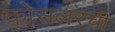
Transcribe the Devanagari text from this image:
कोसलरची